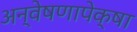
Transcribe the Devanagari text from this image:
अन्वेषणापेक्षा